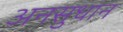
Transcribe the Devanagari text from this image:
अनसुधान